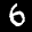
Label: 6